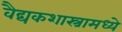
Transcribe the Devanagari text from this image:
वैद्यकशास्त्रामध्ये